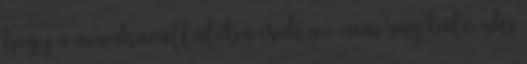
hogy a munkavállalóba csak az nem rúg bele, aki